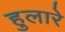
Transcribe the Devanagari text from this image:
हुलारे